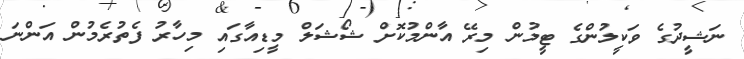
ނަޝީދުގެ ވަކީލުންގެ ޓީމުން މިރޭ އާންމުކޮށް ޝޯޝަލް މީޑިއާގައި މިހާރު ފެތުރެމުން އަންނަ